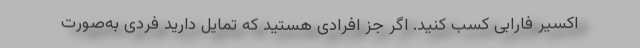
اکسیر فارابی کسب کنید. اگر جز افرادی هستید که تمایل دارید فردی به‌صورت